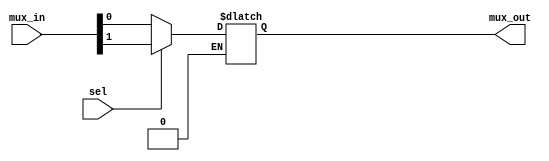
`timescale 1ns / 1ps
//////////////////////////////////////////////////////////////////////////////////
// Company: 
// Engineer: 
// 
// Design Name: 
// Module Name:    mux_21_beh 
// Project Name: 
// Target Devices: 
// Tool versions: 
// Description: 
//
// Dependencies: 
//
// Revision: 
// Revision 0.01 - File Created
// Additional Comments: 
//
//////////////////////////////////////////////////////////////////////////////////
module mux_21_beh(mux_in, sel, mux_out);

//Declare inputs/outputs
input sel;
input [1:0] mux_in;
output mux_out;

reg mux_out;

always @(sel or mux_in) begin

	if (sel == 1'b0) begin
		mux_out = mux_in[0];
	end
	else if (sel == 1'b1) begin
		mux_out = mux_in[1];
	end

end

endmodule